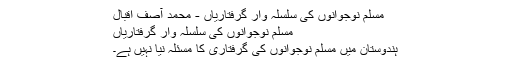
مسلم نوجوانوں کی سلسلہ وار گرفتاریاں - محمد آصف اقبال
مسلم نوجوانوں کی سلسلہ وار گرفتاریاں
ہندوستان میں مسلم نوجوانوں کی گرفتاری کا مسئلہ نیا نہیں ہے۔